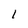
Character: l